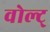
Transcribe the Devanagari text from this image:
वोल्ट्